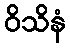
ဝိသိနံ